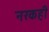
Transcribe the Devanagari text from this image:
नरकही